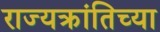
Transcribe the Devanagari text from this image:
राज्यक्रांतिच्या